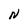
Character: N